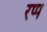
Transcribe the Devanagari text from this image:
रप्प